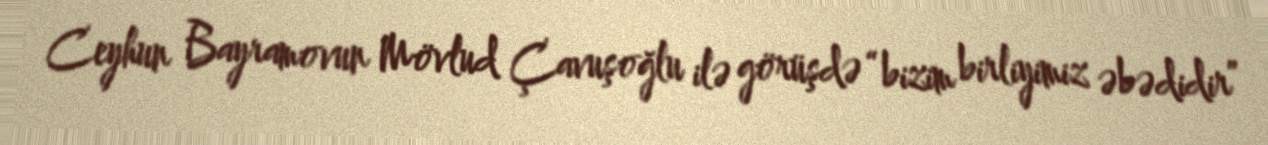
Ceyhun Bayramovun Mövlud Çavuşoğlu ilə görüşdə “bizim birliyimiz əbədidir”